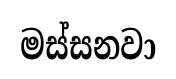
මස්සනවා